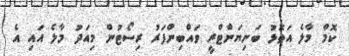
ކޮމް މާލެ އަތޮޅު ބަނިޔަންޓްރީ ވައްބިންފަރު ރިސޯޓުން މިއަދު މާލެ އައި އެ